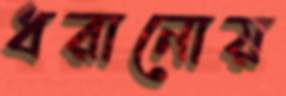
ধরানোয়